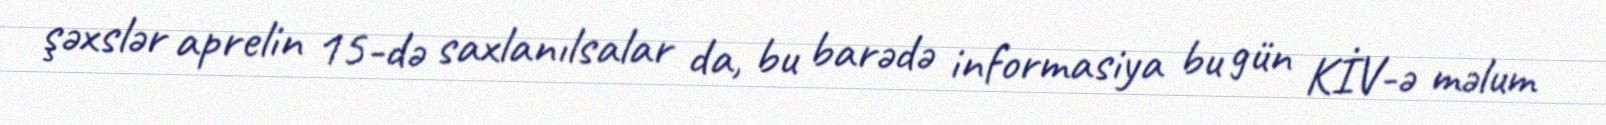
şəxslər aprelin 15-də saxlanılsalar da, bu barədə informasiya bu gün KİV-ə məlum